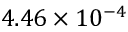
4 . 4 6 \times 1 0 ^ { - 4 }